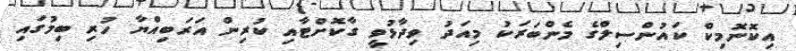
އިކޮނޮމިކް ކައުންސިލްގެ މެންބަރަކު މިއަދު ވިދާޅުވީ ގާކޮށްޓާއި ކުރިން އަރަބިއްޔާ ހުރި ބިމުގައި